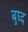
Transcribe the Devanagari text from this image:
बुघ्‍द